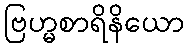
ဗြဟ္မစာရိနိယော